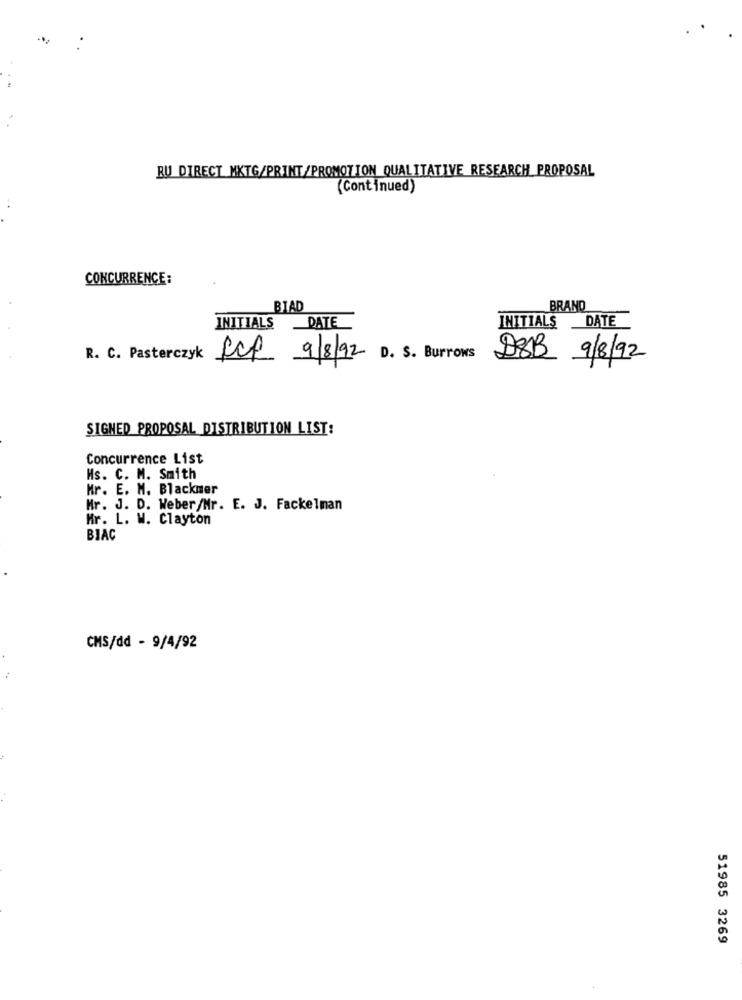
RU DIRECT MKTG/PRINT/PROMOTION QUALITATIVE RESEARCH PROPOSAL
(Continued)
CONCURRENCE:
BIAD
BRAND
DATE
INITIALS
DATE
INITIALS
R. C. Pasterczyk
Rcf 9/8/92 D. S. Burrows 28B 9/8/92
SIGNED PROPOSAL DISTRIBUTION LIST:
Concurrence List
Hs. C. M. Smith
Mr. E. M. Blackmer
Mr. J. D. Weber/Nr. E. J. Fackelman
Mr. L. W. Clayton
BIAC
CMS/dd - 9/4/92
51985 3269